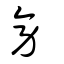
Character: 旁